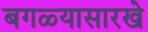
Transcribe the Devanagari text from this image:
बगळ्यासारखे